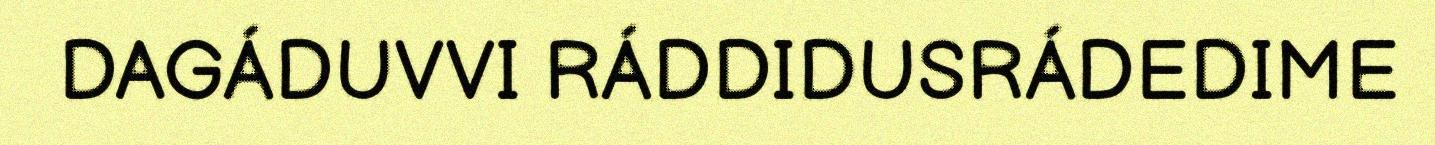
DAGÁDUVVI RÁDDIDUSRÁDEDIME